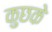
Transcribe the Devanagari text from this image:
कुछके